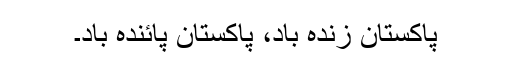
پاکستان زندہ باد، پاکستان پائندہ باد۔